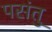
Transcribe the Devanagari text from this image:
पसंतु